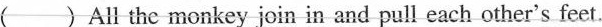
( )All the monkey join in and pull each other's feet.